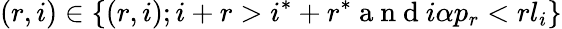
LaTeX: (r,i)\in\{ (r,i);i+r>i^{*}+r^{*}\mathrm{~a~n~d~}i\alpha p_{r}<rl_{i}\}